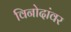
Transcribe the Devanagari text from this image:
विनोदांवर